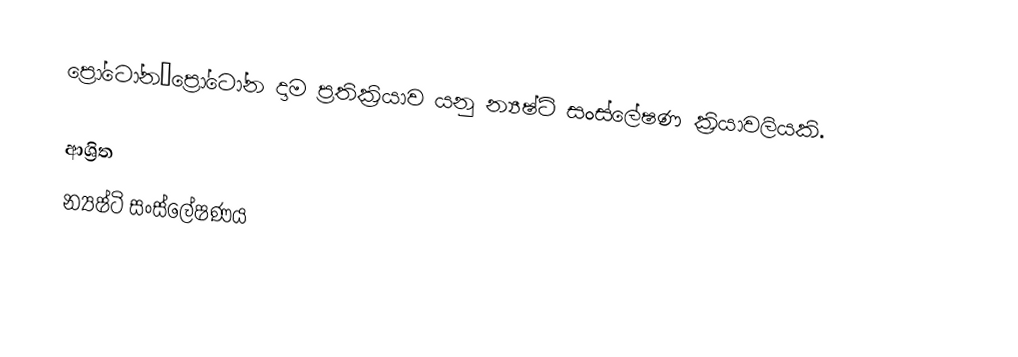
ප්‍රෝටෝන–ප්‍රෝටෝන දාම ප්‍රතික්‍රියාව යනු න්‍යෂ්ටි සංස්ලේෂණ ක්‍රියාවලියකි.

ආශ්‍රිත
 න්‍යෂ්ටි සංස්ලේෂණය